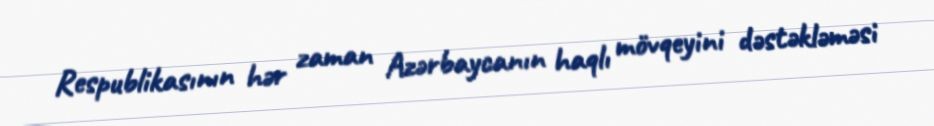
Respublikasının hər zaman Azərbaycanın haqlı mövqeyini dəstəkləməsi